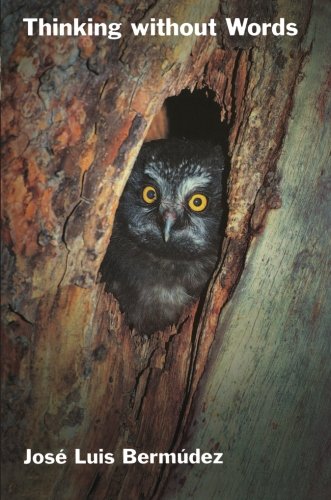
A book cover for Thinking Without Words (Philosophy of Mind); Jose Luis Bermudez; Reference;